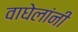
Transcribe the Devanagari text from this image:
वाघेलांनी